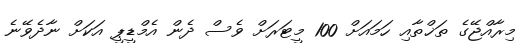
މިރާއްޖޭގެ ތަޚްތާއި ހަމައަށް 100 މީޓަރަށް ވެސް ދެން އެމްޑީޕީ އަކަށް ނާދެވޭނެ